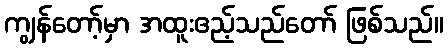
ကျွန်တော့်မှာ အထူးဧည့်သည်တော် ဖြစ်သည်။